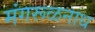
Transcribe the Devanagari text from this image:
मंगरूळनाथ